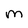
Character: M